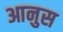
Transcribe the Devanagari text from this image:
आनुस